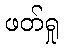
ဖတ်ရှု